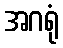
အဂရုံ